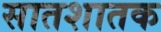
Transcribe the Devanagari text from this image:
सातशातक